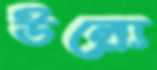
উল্ল্যে